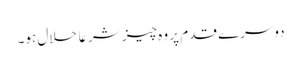
دوسرے قدم پر وہ چیز شرعًا حلال ہو۔